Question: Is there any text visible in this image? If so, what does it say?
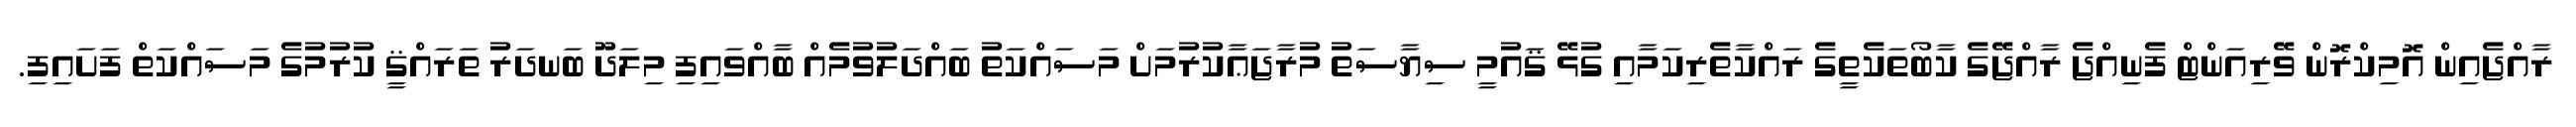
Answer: ރާއްޖެއިން އޮމިކްރޮން ވޭރިއަންޓް ފެނިއްޖެ ރާއްޖޭގެ ކާބޯތަކެތީގެ ރައްކާތެރިކަމާއި ގުޅޭ ޤައުމީ ސިޔާސަތު މުރާޖަޢާކުރުމަށް މަސައްކަތު ބައްދަލުވުމެއް ބާއްވައިފި މިލަދޫ ބަނދަރު ތަރައްޤީ ކުރުމުގެ މަސައްކަތް ފަށައިފި.